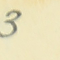
3